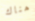
هناك